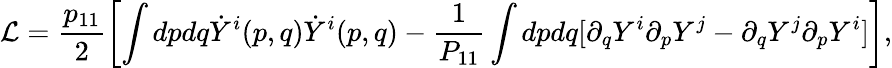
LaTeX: {\cal L}=\frac{p_{11}}{2}\left[\int dpdq\dot{Y}^{i}(p,q)\dot{Y}^{i}(p,q)-\frac{1}{P_{11}}\int dpdq[\partial_{q}Y^{i}\partial_{p}Y^{j}-\partial_{q}Y^{j}\partial_{p}Y^{i}]\right],